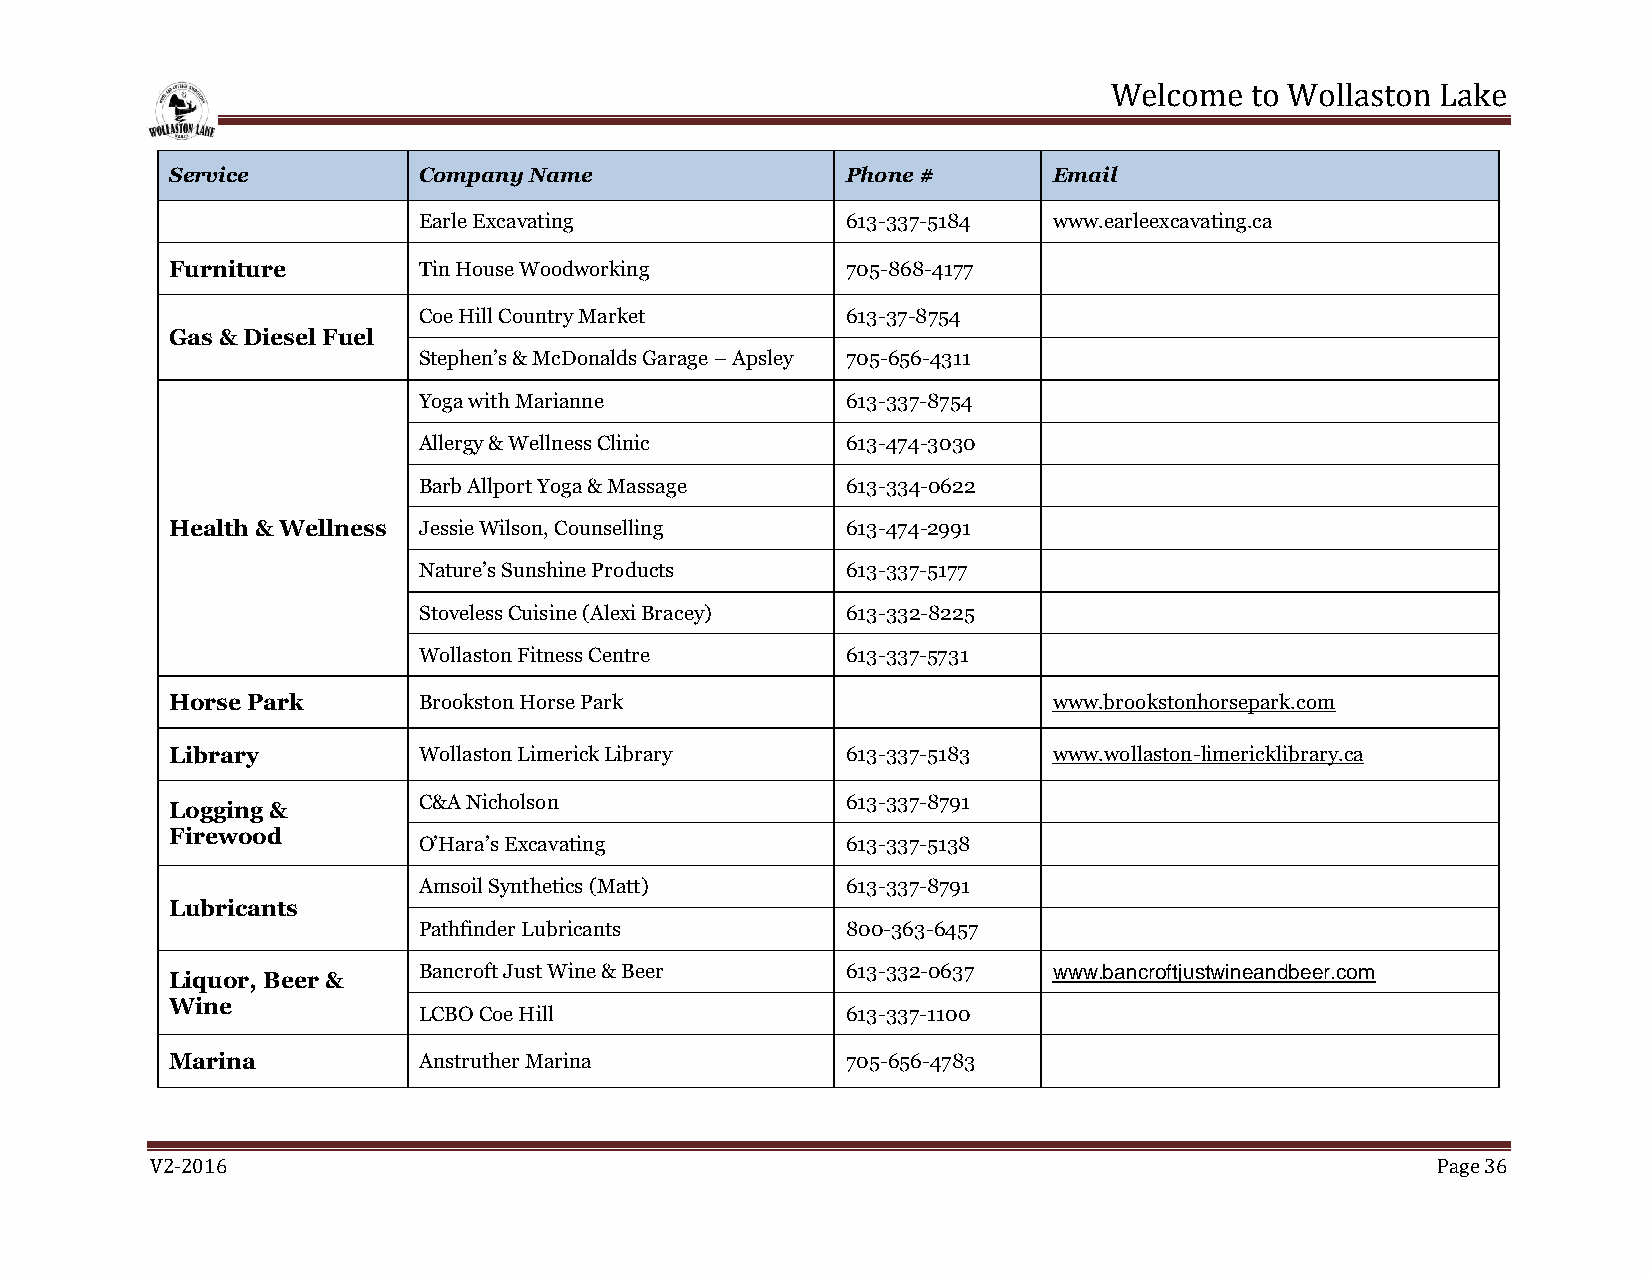
Welcome  to Wollaston Lake
 Service          Company Name                Phone #       Email
 Earle Excavating            613-337-5184  www.earleexcavating.ca
 Furniture        Tin House Woodworking       705-868-4177
 Coe Hill Country Market     613-37-8754
 Gas & Diesel Fuel
 Stephen’s & McDonalds Garage – Apsley 705-656-4311
 Yoga with Marianne          613-337-8754
 Allergy & Wellness Clinic   613-474-3030
 Barb Allport Yoga & Massage 613-334-0622
 Health & Wellness Jessie Wilson, Counselling 613-474-2991
 Nature’s Sunshine Products  613-337-5177
 Stoveless Cuisine (Alexi Bracey) 613-332-8225
 Wollaston Fitness Centre    613-337-5731
 Horse Park       Brookston Horse Park                      www.brookstonhorsepark.com
 Library          Wollaston Limerick Library  613-337-5183  www.wollaston-limericklibrary.ca
 C&A Nicholson               613-337-8791
 Logging &
 Firewood
 O’Hara’s Excavating         613-337-5138
 Amsoil Synthetics (Matt)    613-337-8791
 Lubricants
 Pathfinder Lubricants       800-363-6457
 Bancroft Just Wine & Beer   613-332-0637  www.bancroftjustwineandbeer.com
 Liquor, Beer &
 Wine
 LCBO Coe Hill               613-337-1100
 Marina           Anstruther Marina           705-656-4783
 V2-2016                                                                              Page 36